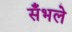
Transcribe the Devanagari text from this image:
सँभले